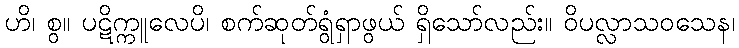
ဟိ၊ စွ။ ပဋိက္ကူလေပိ၊ စက်ဆုတ်ရွံရှာဖွယ် ရှိသော်လည်း။ ဝိပလ္လာသဝသေန၊